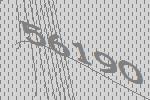
56190